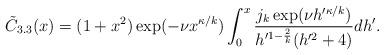
LaTeX: \begin{align*}\tilde{C}_{3.3}(x) = (1+x^2) \exp( -\nu x^{\kappa/k} )\int_{0}^{x} \frac{j_{k}\exp( \nu h'^{\kappa/k} )}{h'^{1 - \frac{2}{k}}(h'^{2}+4)} dh'. \end{align*}